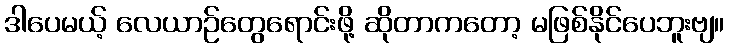
ဒါပေမယ့် လေယာဉ်တွေရောင်းဖို့ ဆိုတာကတော့ မဖြစ်နိုင်ပေဘူးဗျ။